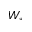
W _ { \ast }